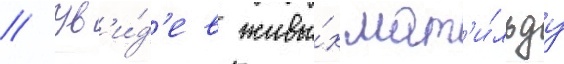
// Ув'и́д'ев живы́х мат'и́льду